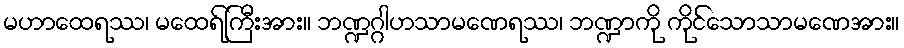
မဟာထေရဿ၊ မထေရ်ကြီးအား။ ဘဏ္ဍဂ္ဂါဟသာမဏေရဿ၊ ဘဏ္ဍာကို ကိုင်သောသာမဏေအား။